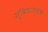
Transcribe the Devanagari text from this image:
सुविधात्मक